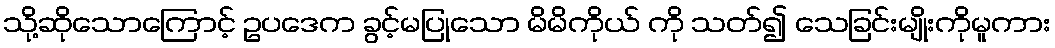
သို့ဆိုသောကြောင့် ဥပဒေက ခွင့်မပြုသော မိမိကိုယ် ကို သတ်၍ သေခြင်းမျိုးကိုမူကား